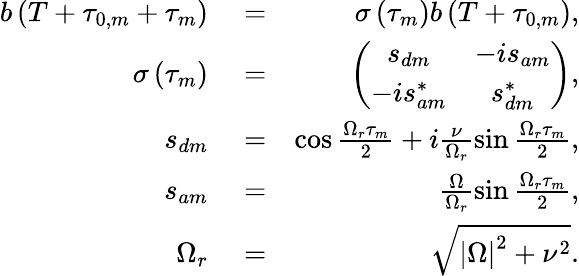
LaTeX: \begin{array}{rlr}{b\left(T+\tau_{0,m}+\tau_{m}\right)}&{{}=}&{\sigma\left(\tau_{m}\right)b\left(T+\tau_{0,m}\right),}\\ {\sigma\left(\tau_{m}\right)}&{{}=}&{\left(\begin{array}{cc}{s_{dm}}&{-is_{am}}\\ {-is_{am}^{\ast}}&{s_{dm}^{\ast}}\end{array}\right),}\\ {s_{dm}}&{{}=}&{\cos\frac{\Omega_{r}\tau_{m}}{2}+i\frac{\nu}{\Omega_{r}}\sin\frac{\Omega_{r}\tau_{m}}{2},}\\ {s_{am}}&{{}=}&{\frac{\Omega}{\Omega_{r}}\sin\frac{\Omega_{r}\tau_{m}}{2},}\\ {\Omega_{r}}&{{}=}&{\sqrt{\left\vert\Omega\right\vert^{2}+\nu^{2}}.}\end{array}